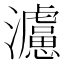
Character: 𤄦